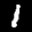
Label: 1